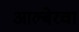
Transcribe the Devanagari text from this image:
आल्बेरचा